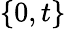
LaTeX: \{ 0,t\}